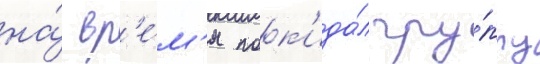
на́ вр'е́м'я пок'ида́л гру́ппу